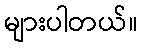
များပါတယ်။